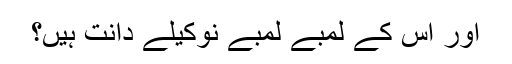
اور اس کے لمبے لمبے نوکیلے دانت ہیں؟